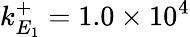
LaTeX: k_{E_{1}}^{+}=1.0\times 10^{4}